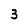
Character: 3